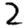
Digit: 2